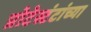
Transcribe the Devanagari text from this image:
प्रोटेस्टंटांच्या